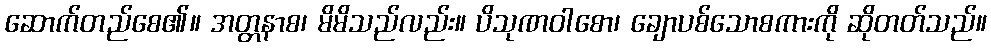
ဆောက်တည်စေ၏။ အတ္တနာစ၊ မိမိသည်လည်း။ ပိသုဏဝါစော၊ ချောပစ်သောစကားကို ဆိုတတ်သည်။